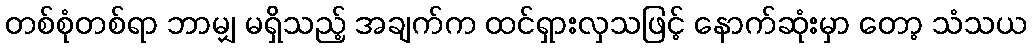
တစ်စုံတစ်ရာ ဘာမျှ မရှိသည့် အချက်က ထင်ရှားလှသဖြင့် နောက်ဆုံးမှာ တော့ သံသယ